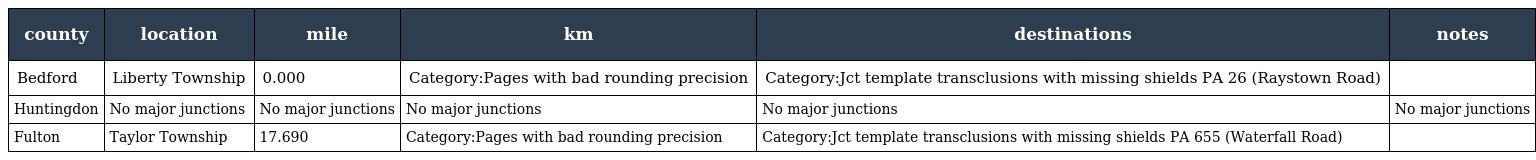
| county | location | mile | km | destinations | notes |
 | --- | --- | --- | --- | --- | --- |
 | Bedford | Liberty Township | 0.000 | Category:Pages with bad rounding precision | Category:Jct template transclusions with missing shields PA 26 (Raystown Road) |  |
 | Huntingdon | No major junctions | No major junctions | No major junctions | No major junctions | No major junctions |
 | Fulton | Taylor Township | 17.690 | Category:Pages with bad rounding precision | Category:Jct template transclusions with missing shields PA 655 (Waterfall Road) |  |